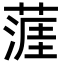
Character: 𦹹